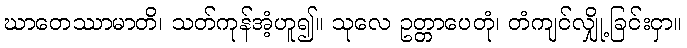
ဃာတေဿာမာတိ၊ သတ်ကုန်အံ့ဟူ၍။ သုလေ ဥတ္တာပေတုံ၊ တံကျင်လျှို့ခြင်းငှာ။